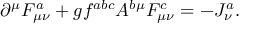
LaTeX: \partial ^ { \mu } F _ { \mu \nu } ^ { a } + g f ^ { a b c } A ^ { b \mu } F _ { \mu \nu } ^ { c } = - J _ { \nu } ^ { a } .